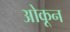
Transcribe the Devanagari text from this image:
ओकून